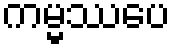
ကမ္မဿပေ